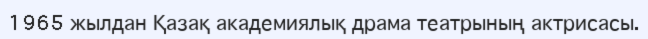
1965 жылдан Қазақ академиялық драма театрының актрисасы.